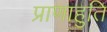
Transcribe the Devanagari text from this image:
प्राणाहुति